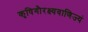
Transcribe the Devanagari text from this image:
कृषिगौरक्ष्यवाणिज्यं